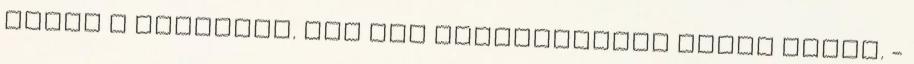
ebben a városban. EZT még kifejezetten korai lenne. -